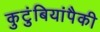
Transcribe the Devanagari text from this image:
कुटुंबियांपैकी